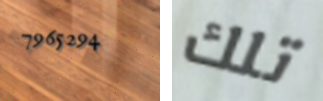
7965294 تلك